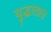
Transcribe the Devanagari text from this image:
युद्धातात